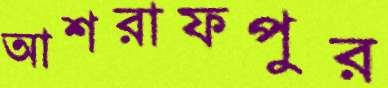
আশরাফপুর